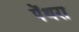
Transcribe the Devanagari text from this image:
पेंथरा